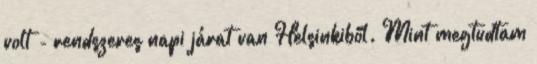
volt - rendszeres napi járat van Helsinkiből. Mint megtudtam